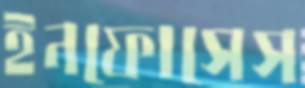
ইনফোসেস